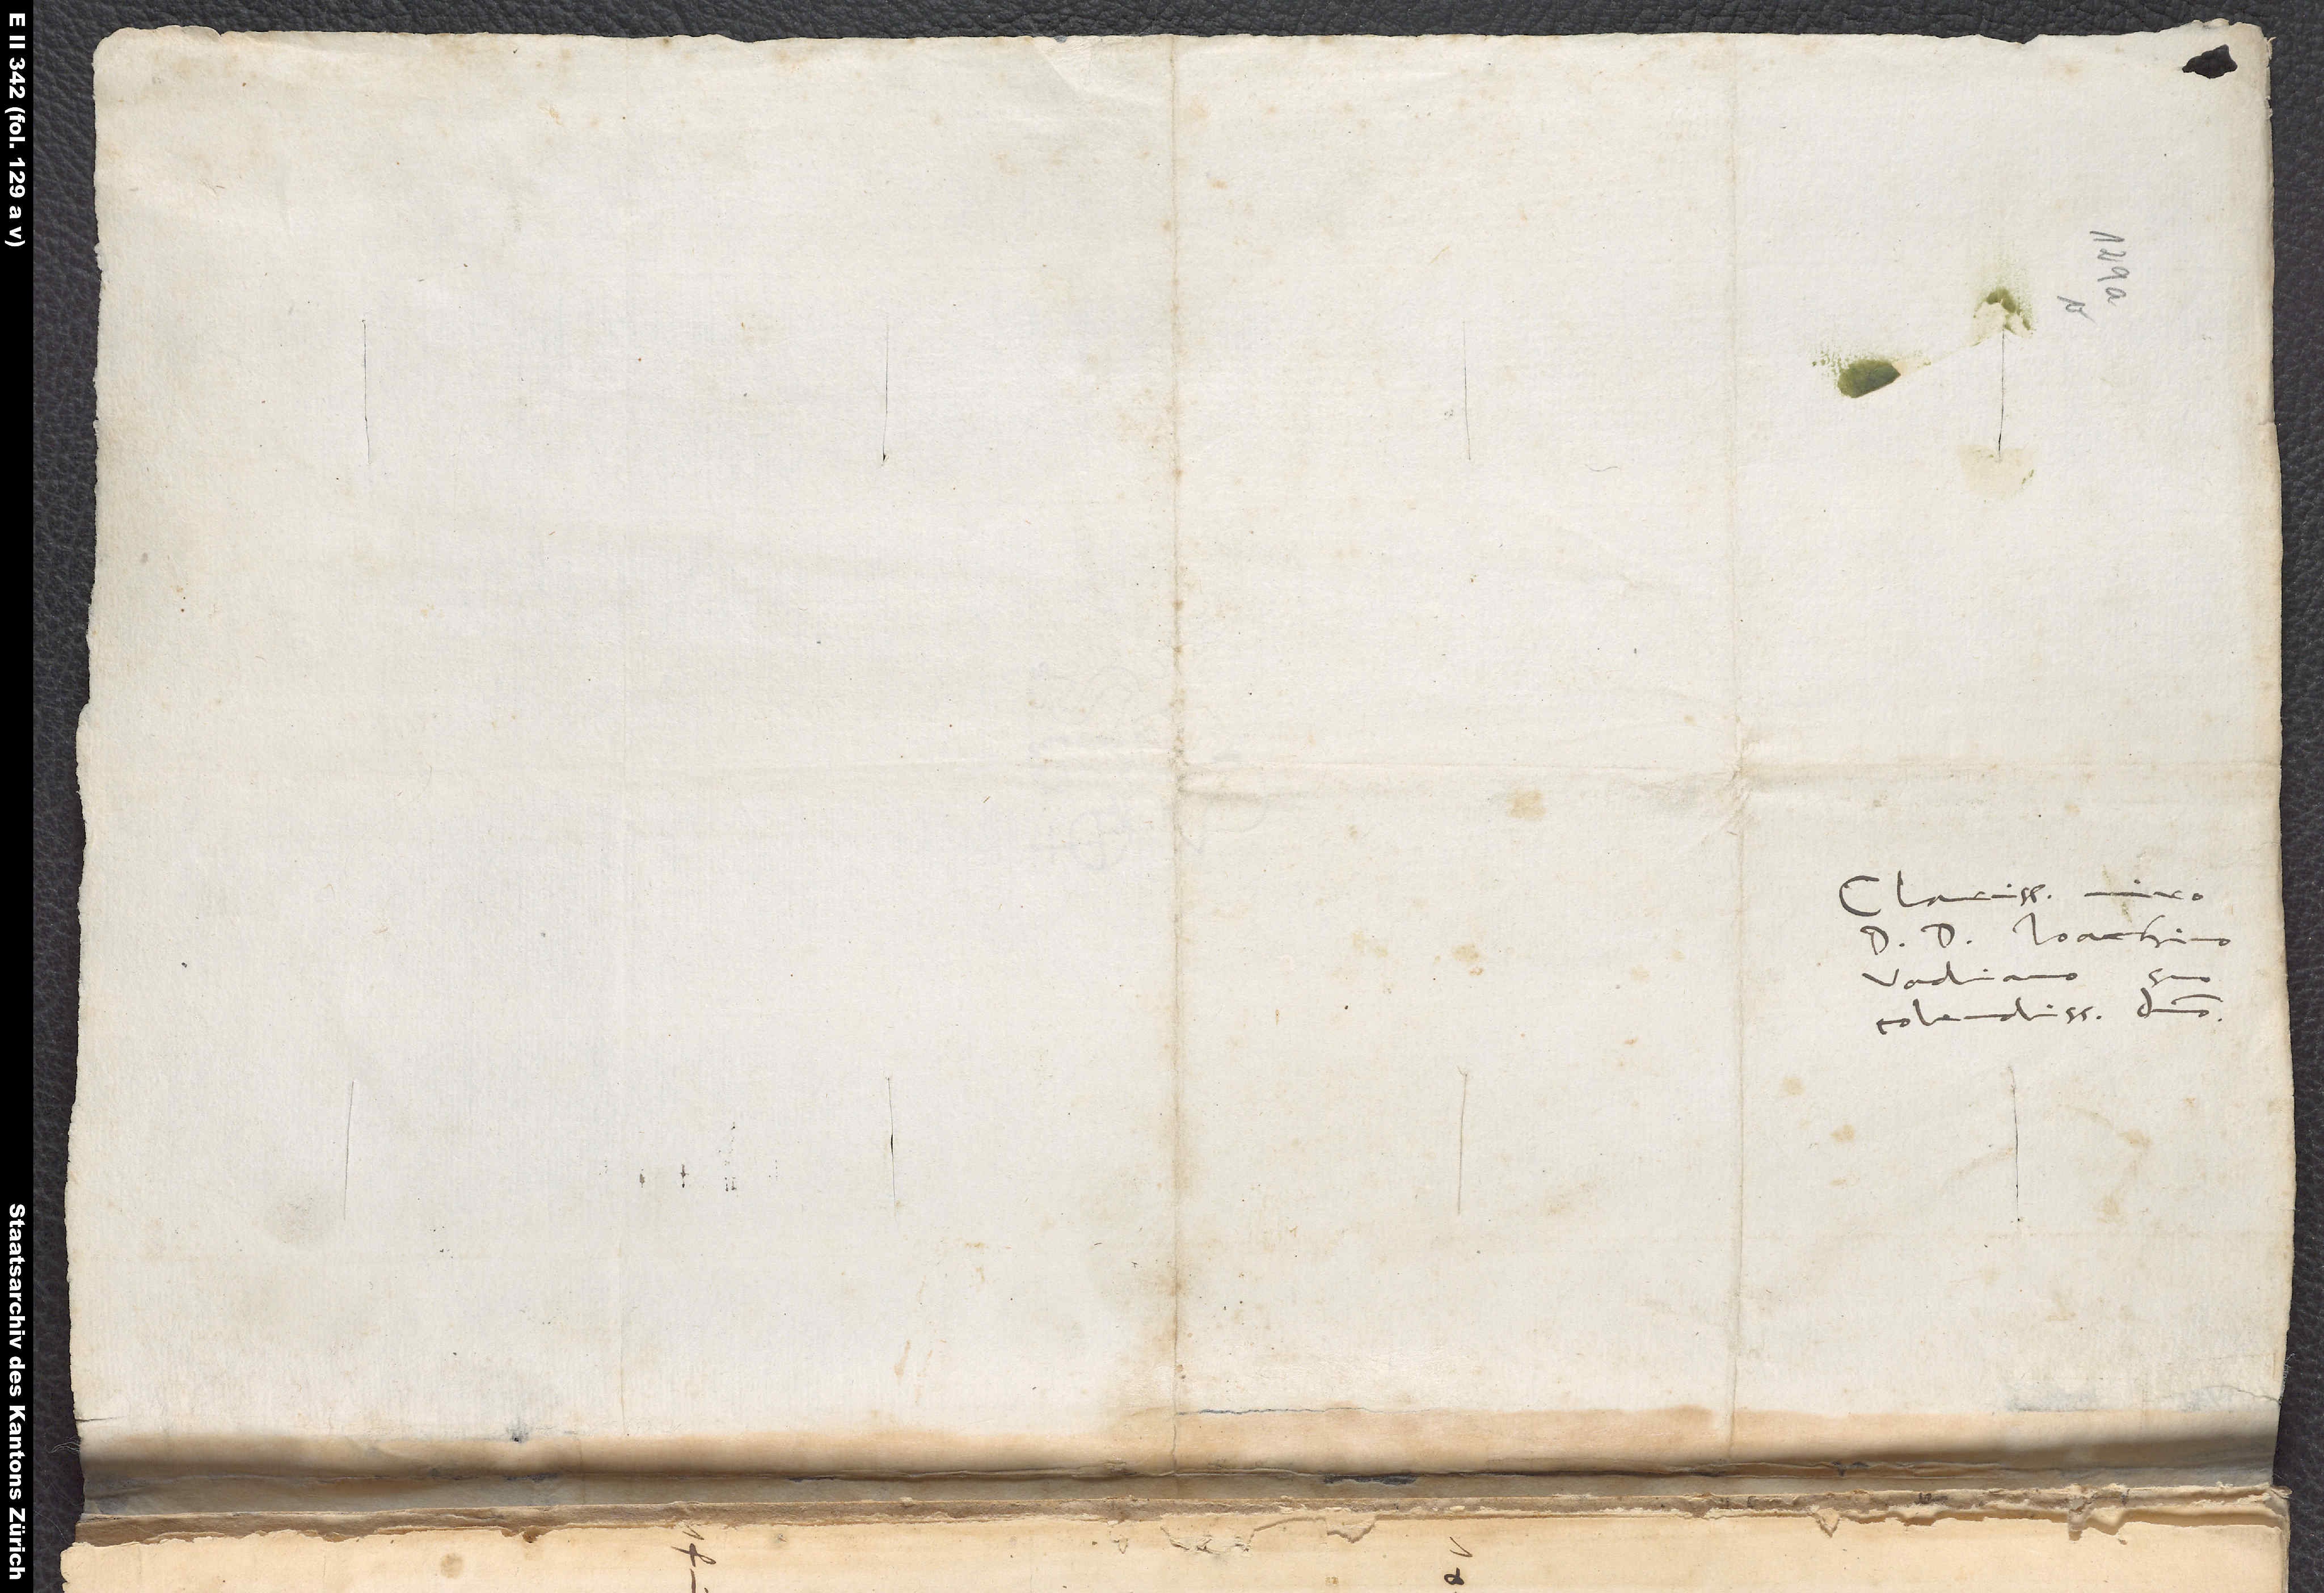
Clarissimo viro
D. D. Ioachimo
Vadiano,
colendissimo domino.